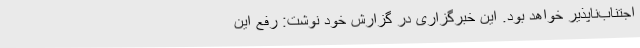
اجتناب‌ناپذیر خواهد بود. این خبرگزاری در گزارش خود نوشت: رفع این